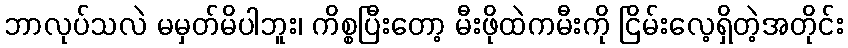
ဘာလုပ်သလဲ မမှတ်မိပါဘူး၊ ကိစ္စပြီးတော့ မီးဖိုထဲကမီးကို ငြိမ်းလေ့ရှိတဲ့အတိုင်း